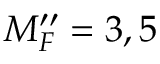
M _ { F } ^ { \prime \prime } = 3 , 5